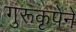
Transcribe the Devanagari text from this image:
गुरूकृपेने